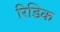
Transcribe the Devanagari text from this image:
रिडिक